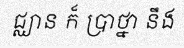
ជ្ឈាន ក៏ ប្រាថ្នា នឹង